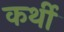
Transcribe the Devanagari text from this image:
कर्थी